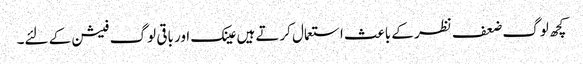
کچھ لوگ ضعف نظر کے باعث استعمال کرتے ہیں عینک اور باقی لوگ فیشن کے لئے۔